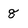
Character: 8